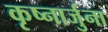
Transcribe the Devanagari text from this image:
कृष्नार्जुना